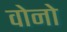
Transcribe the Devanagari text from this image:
वोनो